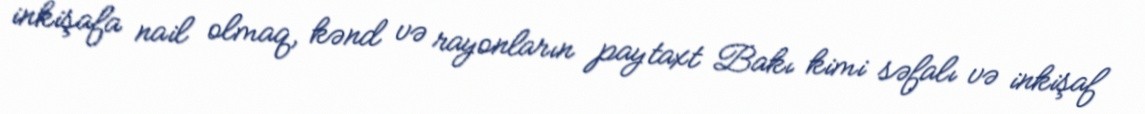
inkişafa nail olmaq, kənd və rayonların paytaxt Bakı kimi səfalı və inkişaf